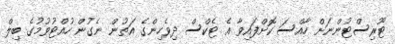
ޓޫރިސްޓުންނަށް ހާއްސަ ކޮށްފައިވާ އެ ޓެކްސް ދިވެހިންގެ އަތުން ނެގުން ހުއްޓުވުމުގެ ބިލް